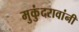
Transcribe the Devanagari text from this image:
मुकुंदरावांनी